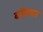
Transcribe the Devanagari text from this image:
बॉक्स़र